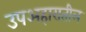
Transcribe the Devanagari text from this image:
उपअहारातील